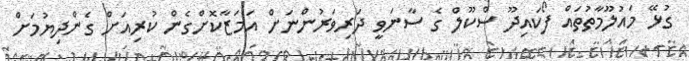
ގުޅޭ މައުލޫމާތުތައް ފޯކައިދޫ ސްކޫލް ގެ ސާނަވީ ދަރިވަރުންނަށް އަމަޒާކޮށްގެން ކުރިއަށް ގެންދިޔުމަށް